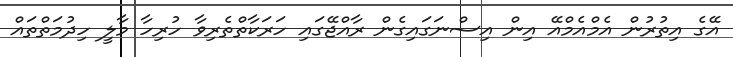
އޭގެ އިތުރުން އެމްއެމްއޭ އިން އިސްނަގައިގެން ރާއްޖޭގައި ހަރަކާތްތެރިވާ ހުރިހާ މާލީ ހިދުމަތްތައް